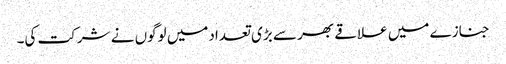
جنازے میں علاقے بھر سے بڑی تعدادمیں لوگوں نے شرکت کی۔